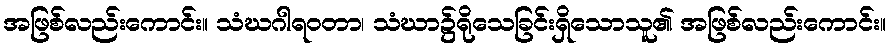
အဖြစ်လည်းကောင်း။ သံဃဂါရဝတာ၊ သံဃာ၌ရိုသေခြင်းရှိသောသူ၏ အဖြစ်လည်းကောင်း။